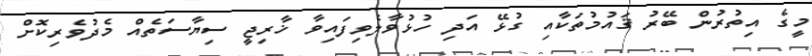
މީގެ އިތުރުން ބޭރު ޤައުމުތަކާއި ގުޅޭ އަދި ހުޅުވާލެވިފައިވާ ޚާރިޖީ ސިޔާސަތެއް މެދުވެރިކޮށް